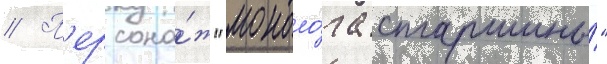
// П'ерсона́ж "моноло́га старшины́"